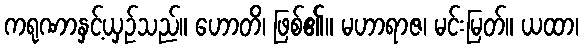
ကရုဏာနှင့်ယှဉ်သည်။ ဟောတိ၊ ဖြစ်၏။ မဟာရာဇ၊ မင်းမြတ်။ ယထာ၊